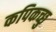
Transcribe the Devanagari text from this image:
कपिकच्छु